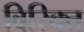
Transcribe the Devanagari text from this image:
विरिक्त